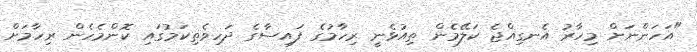
"އަހަންނަށް މިހާރު އެނގިއްޖެ ކަލޭމެން ތިއުޅެނީ ރިހާމުގެ ފައިސާގެ ދަހިވެތިކަމުގައި ކޮންމެހެން ރިހާމަށް